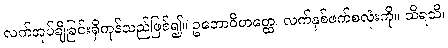
လက်အုပ်ချီခြင်းရှိကုန်သည်ဖြစ်၍။ ဥဘောဝိဟတ္ထေ၊ လက်နှစ်ဖက်စလုံးကို။ သိရသိ၊